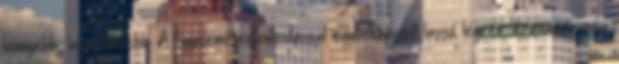
könnyebb, hol nehezebb. A figyelemösszpontosítással egybekapcsolt lassú légzés Krisnamácsarja